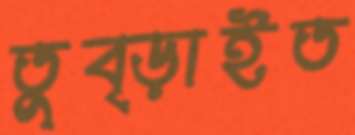
তুব্‌ড়াইত